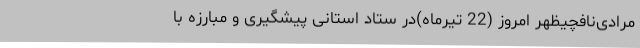
مرادی‌نافچیظهر امروز (22 تیرماه)در ستاد استانی پیشگیری و مبارزه با